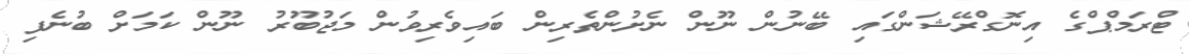
ޓްރަމްޕްގެ އިނޮގްރޭޝަންގައި ބޭނުން ނޫން ނެށުންތެރިން ބައިވެރިވުން މަޖުބޫރު ނޫން ކަމަށް ބުނެފި